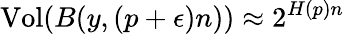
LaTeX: {\mathrm{Vol}}(B(y,(p+\epsilon)n))\approx 2^{H(p)n}